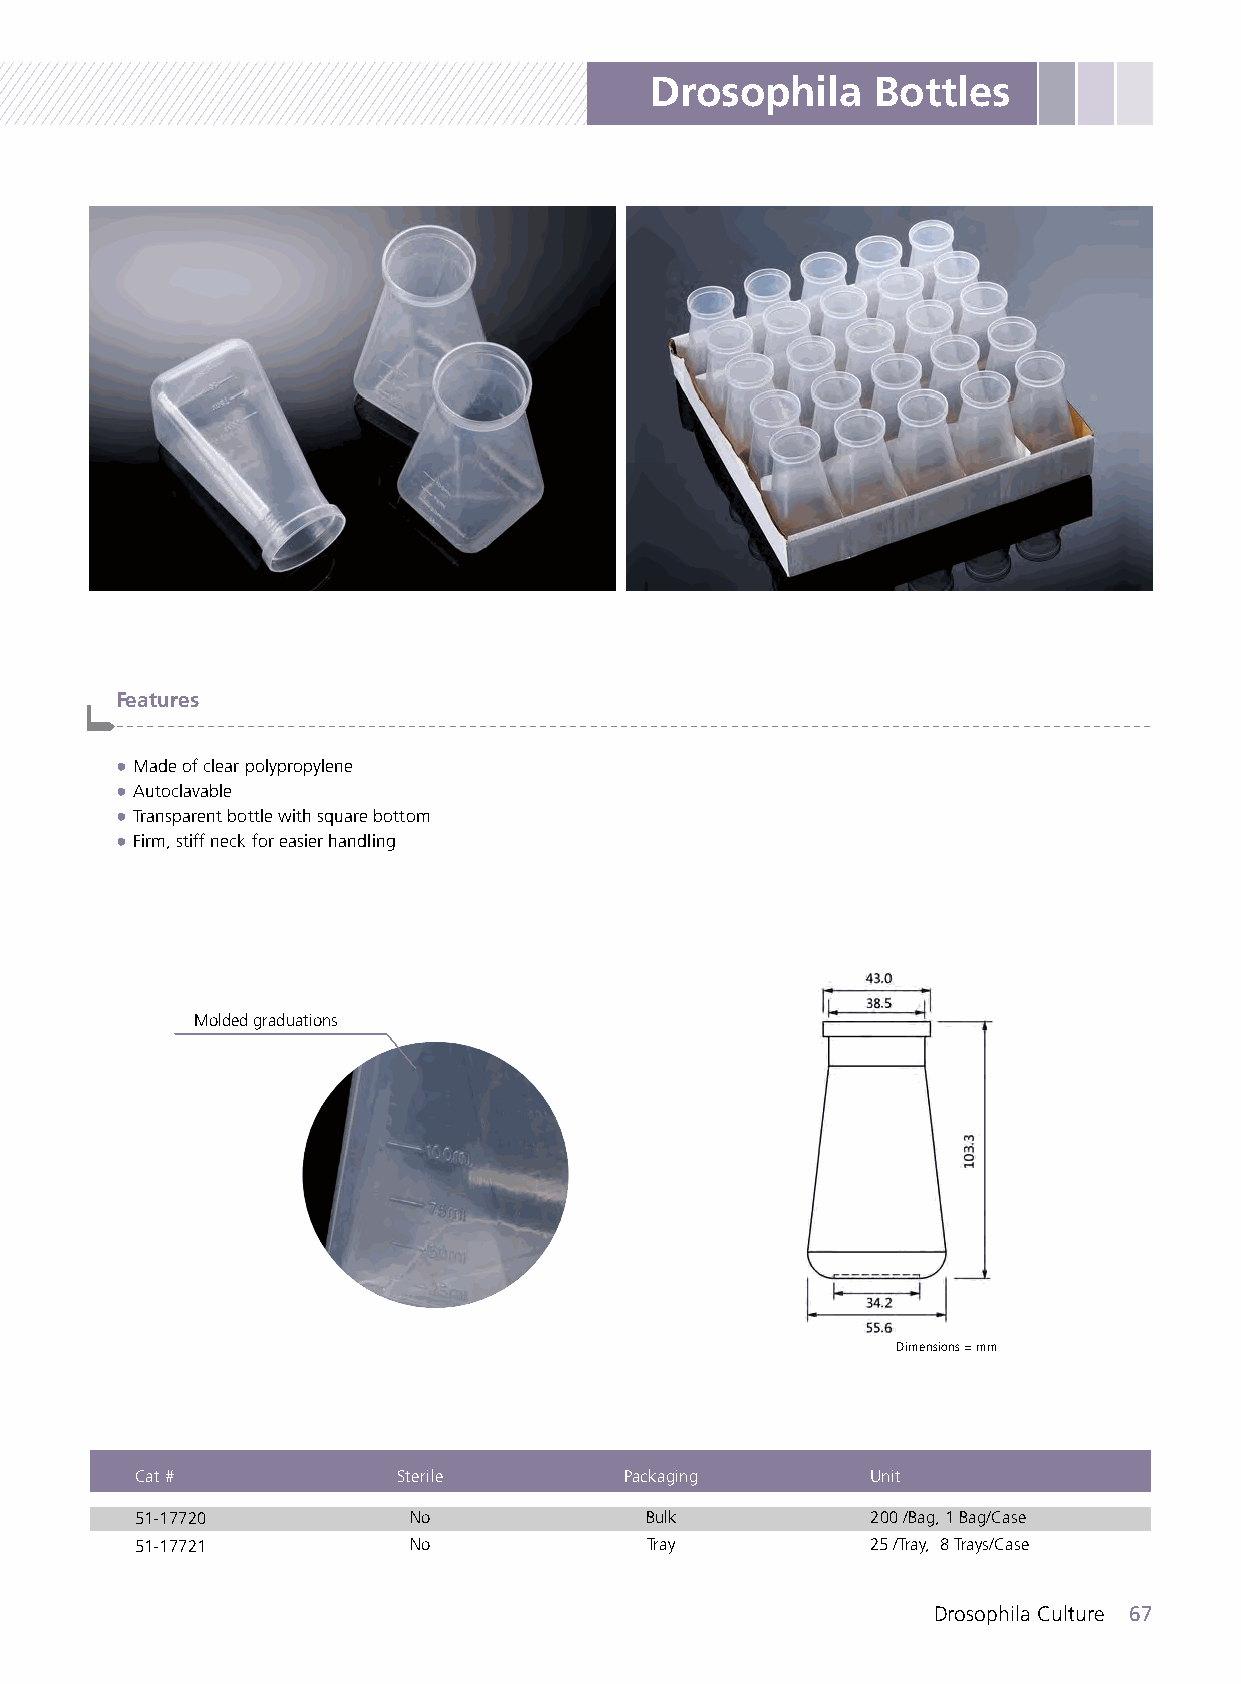
Drosophila     Bottles
 Features
 -------------------------------------------------------------------------------------------------------
 ● Made of clear polypropylene
 ● Autoclavable
 ● Transparent bottle with square bottom
 ● Firm, stiff neck for easier handling
 Molded graduations
 Dimensions = mm
 Cat #            Sterile        Packaging        Unit
 51-17720          No              Bulk           200 /Bag, 1 Bag/Case
 51-17721          No              Tray           25 /Tray, 8 Trays/Case
 Drosophila Culture 67